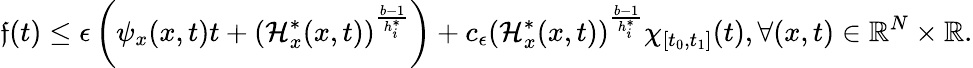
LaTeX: \mathfrak{f}(t)\leq\epsilon\left(\psi_{x}(x,t)t+(\mathcal{{H}}_{x}^{*}(x,t))^{\frac{{b-1}}{{h_{i}^{*}}}}\right)+c_{\epsilon}(\mathcal{{H}}_{x}^{*}(x,t))^{\frac{{b-1}}{{h_{i}^{*}}}}\chi_{[t_{0},t_{1}]}(t),\forall(x,t)\in{\mathbb{R}}^{N}\times{\mathbb{R}}.